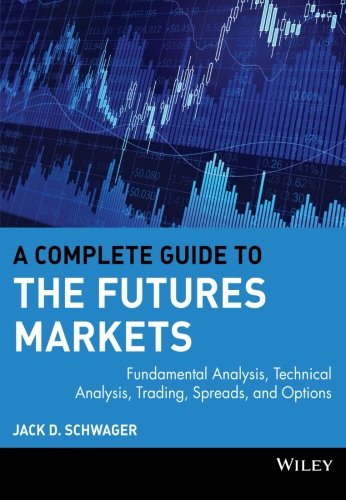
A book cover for A Complete Guide to the Futures Markets: Fundamental Analysis, Technical Analysis, Trading, Spreads, and Options; Jack D. Schwager; Business & Money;